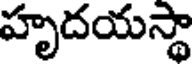
హృదయస్థా